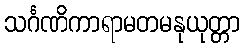
သင်္ဂဏိကာရာမတမနုယုတ္တာ